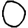
Digit: 0